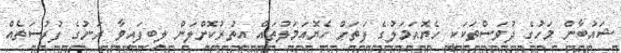
ޝައުބާން މަހުގެ ދުވަސްތަކަކީ ހެޔޮއަމަލުގެ ފަތަށް ހެޔޮއަމަލުތައް އިތުރުކޮށްލަން ލިބިފައިވާ ރަނުގެ ފުރުސަތެއް